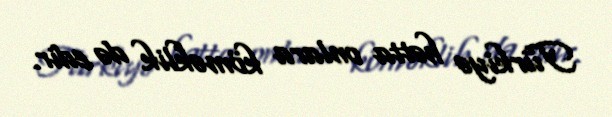
Türkiyə hətta onlara köməklik də edir.